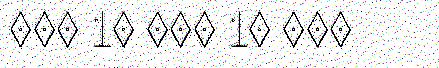
000 10 000 10 000